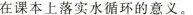
在课本上落实水循环的意义。